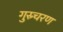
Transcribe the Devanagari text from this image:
गुस्र्चरण